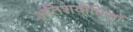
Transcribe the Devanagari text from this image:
अतिशयोक्तियाँ